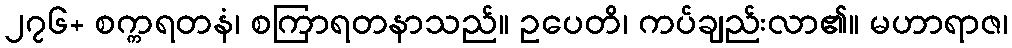
၂၇၆+ စက္ကရတနံ၊ စကြာရတနာသည်။ ဥပေတိ၊ ကပ်ချည်းလာ၏။ မဟာရာဇ၊